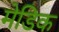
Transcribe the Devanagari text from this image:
मेडिक